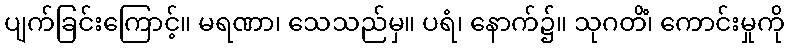
ပျက်ခြင်းကြောင့်။ မရဏာ၊ သေသည်မှ။ ပရံ၊ နောက်၌။ သုဂတိံ၊ ကောင်းမှုကို